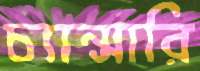
চ্যান্সারি